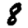
Digit: 8